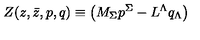
Z ( z , \bar { z } , { p } , { q } ) \equiv \left( M _ { \Sigma } { p } ^ { \Sigma } - L ^ { \Lambda } { q } _ { \Lambda } \right)